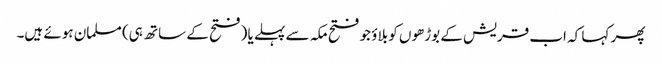
پھر کہا کہ اب قریش کے بوڑھوں کو بلاؤ جو فتح مکہ سے پہلے یا (فتح کے ساتھ ہی) مسلمان ہوئے ہیں۔